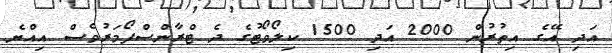
އަދި އޭގެ އިތުރުން 2000 އަދި 1500 ކިލޯވޯޓުގެ ދެ ޓްރާންސްފޯމަރުވެސް އިއްޔެ